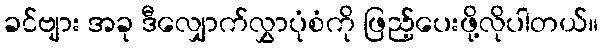
ခင်ဗျား အခု ဒီလျှောက်လွှာပုံစံကို ဖြည့်ပေးဖို့လိုပါတယ်။